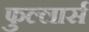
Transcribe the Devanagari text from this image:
फुल्लार्स